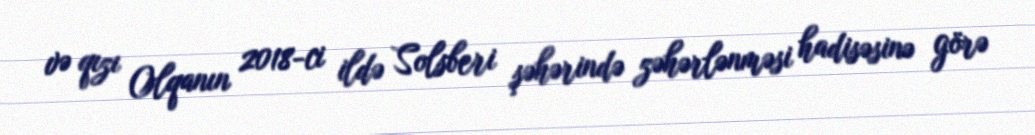
və qızı Olqanın 2018-ci ildə Solsberi şəhərində zəhərlənməsi hadisəsinə görə